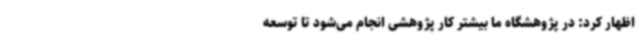
اظهار کرد: در پژوهشگاه ما بیشتر کار پژوهشی انجام می‌شود تا توسعه